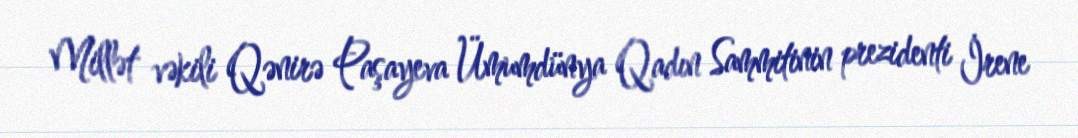
Millət vəkili Qənirə Paşayeva Ümumdünya Qadın Sammitinin prezidenti İrene